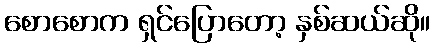
စောစောက ရှင်ပြောတော့ နှစ်ဆယ်ဆို။